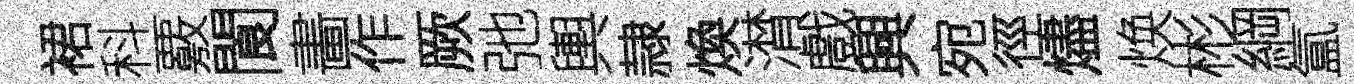
裙科覈閬畵作厥弛輿隷煥潸戲興宛徑燼焕彬綱氲